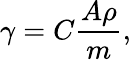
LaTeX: \gamma=C\frac{A\rho}{m},